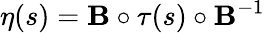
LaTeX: \eta(s)=\mathbf{B}\circ\tau(s)\circ\mathbf{B}^{-1}